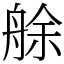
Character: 艅